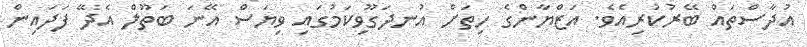
އުދާސްތައް ބޭރުކުރިއެވެ. އަޒްޔާންގެ ހިތަށް އުނދަގޫވިކަމުގައި ވިޔަސް އޭނަ ބަތޫލް އެދޭ ފަދައިން